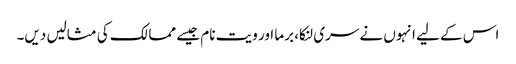
اس کے لیے انہوں نے سری لنکا، برما اور ویت نام جیسے ممالک کی مثالیں دیں۔